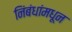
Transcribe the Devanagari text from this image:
निंबंधांमधून